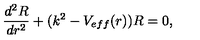
\frac { d ^ { 2 } R } { d r ^ { 2 } } + ( k ^ { 2 } - V _ { e f f } ( r ) ) R = 0 ,